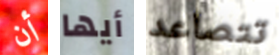
أن أيها تتصاعد